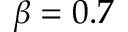
\beta = 0 . 7